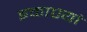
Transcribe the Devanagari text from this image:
इकाएयां